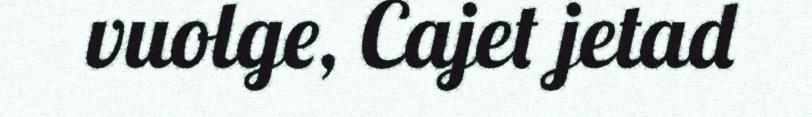
vuolge, Cajet jetad